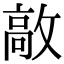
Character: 㪣